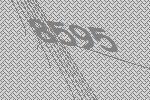
8595